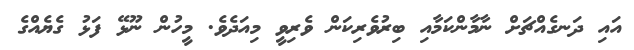
އައި ދަނގެއްޗަށް ނާމާންކަމާއި ބިރުވެރިކަން ވެރިވީ މިއަދެވެ. މީހުން ނޫޅޭ ފަޅު ގެޔެއްގެ